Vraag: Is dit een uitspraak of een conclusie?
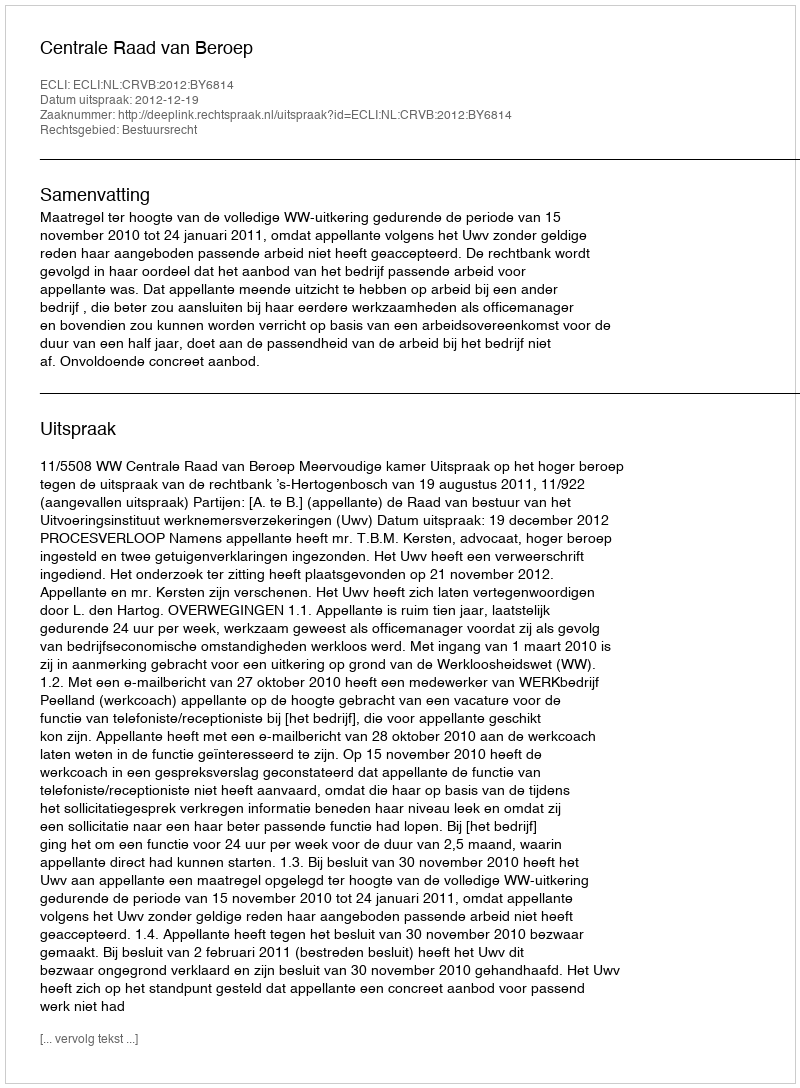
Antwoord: Uitspraak